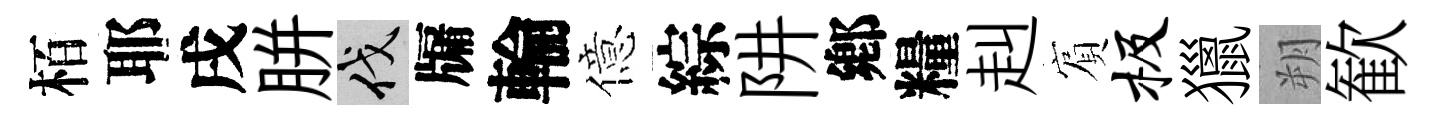
栢耶戌胼伐牖輪億綜阱鄕糧赳賔极獵朔歓